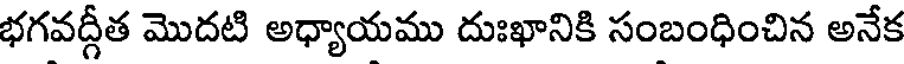
భగవద్గీత మొదటి అధ్యాయము దుఃఖానికి సంబంధించిన అనేక